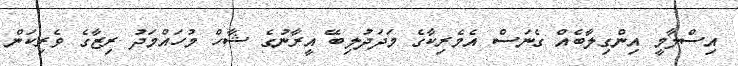
އިސްލާމީ އިންގިލާބެއް ގެނަސް އެމެރިކާގެ މަދަދުލިބޭ އީރާނުގެ ޝާހް މުހައްމަދު ރިޒާގެ ވެރިކަން